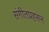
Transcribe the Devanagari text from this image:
संगीतप्रहसन